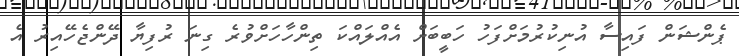
ޕެންޝަން ފައިސާ އުނިކުރުމަށްފަހު ހަބީބަށް އެއްލައްކަ ތިންހާހަށްވުރެ ގިނަ ރުފިޔާ ދޭންޖެހޭއިރު އެ